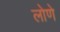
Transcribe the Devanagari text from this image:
लोणे